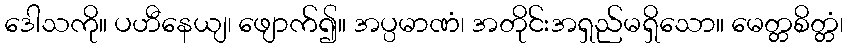
ဒေါသကို။ ပဟီနေယျ၊ ဖျောက်၍။ အပ္ပမာဏံ၊ အတိုင်းအရှည်မရှိသော။ မေတ္တစိတ္တံ၊